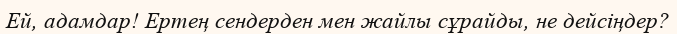
Ей, адамдар! Ертең сендерден мен жайлы сұрайды, не дейсіңдер?